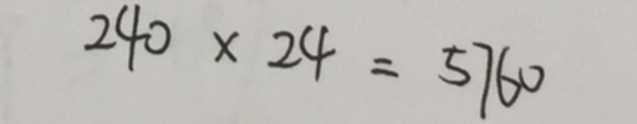
2 4 0 \times 2 4 = 5 7 6 0